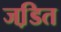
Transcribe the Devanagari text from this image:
जडि़त